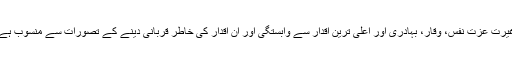
غیرت عزت نفس، وقار، بہادری اور اعلیٰ ترین اقدار سے وابستگی اور ان اقدار کی خاطر قربانی دینے کے تصورات سے منسوب ہے۔